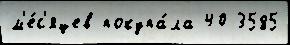
м'е́с'яцев покупа́ла 40 3585